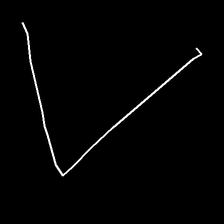
Glyph: region